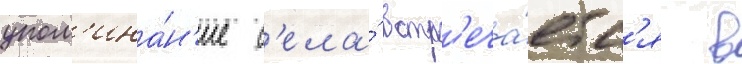
упом'ина́н'ие с'ела́ встр'еча́етс'я в